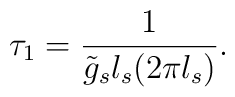
\tau_1  = \frac{1}{\tilde g_s l_s (2\pi l_s)} .